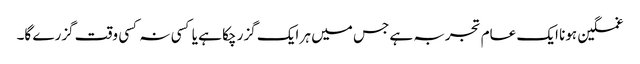
غمگین ہونا ایک عام تجربہ ہے جس میں ہر ایک گزر چکا ہے یا کسی نہ کسی وقت گزرے گا۔